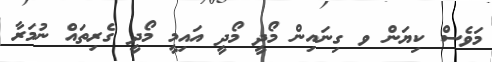
މަވެސް ކިޔަން ވ ގިނައިން މޯދީ މޯދީ އައިމީ މޯދީ ގެރިތައް ނުމަރާ